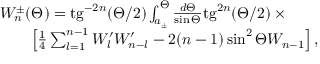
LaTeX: \begin{array} { l } { { W _ { n } ^ { \pm } ( \Theta ) = \mathrm { t g } ^ { - 2 n } ( \Theta / 2 ) \int _ { a _ { \pm } } ^ { \Theta } \frac { d \Theta } { \sin \Theta } \mathrm { t g } ^ { 2 n } ( \Theta / 2 ) \times { } \qquad { } } } \\ { { \qquad \left[ \frac 1 4 \sum _ { l = 1 } ^ { n - 1 } W _ { l } ^ { \prime } W _ { n - l } ^ { \prime } - 2 ( n - 1 ) \sin ^ { 2 } \Theta W _ { n - 1 } \right] , } } \end{array}